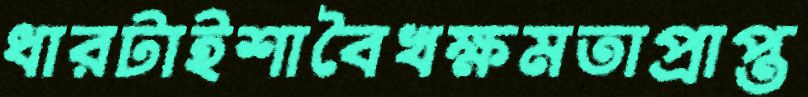
ধারটাইশাবৈখক্ষমতাপ্রাপ্ত